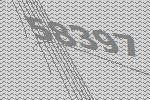
58397